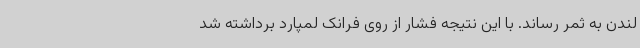
لندن به ثمر رساند. با این نتیجه فشار از روی فرانک لمپارد برداشته شد